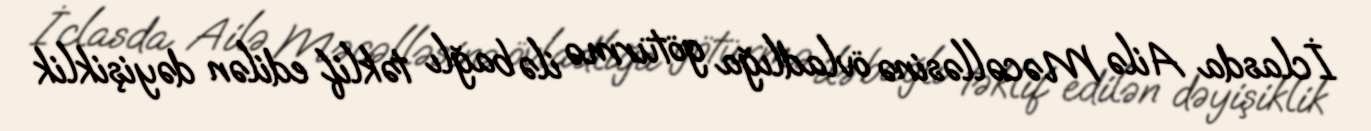
İclasda Ailə Məcəlləsinə övladlığa götürmə ilə bağlı təklif edilən dəyişiklik